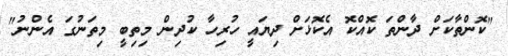
"ކޮންތާކަށް ދާންތަ ކޮއްކޮ އެކޮޅަށް ދިޔައީ ހުރިހާ ކުދިން މިތިބީ މިތަނުގަ އެންނު"